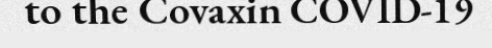
to the Covaxin COVID-19